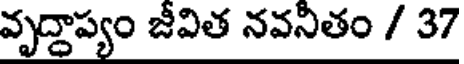
వృద్దాప్యం జీవిత నవనితం / 37